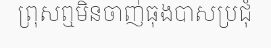
ព្រុសឮមិនចាញ់ធុងបាសប្រជុំ